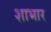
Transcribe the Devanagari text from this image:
शाभार